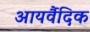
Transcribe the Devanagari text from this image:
आयर्वैदिक